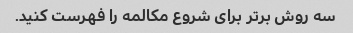
سه روش برتر برای شروع مکالمه را فهرست کنید.